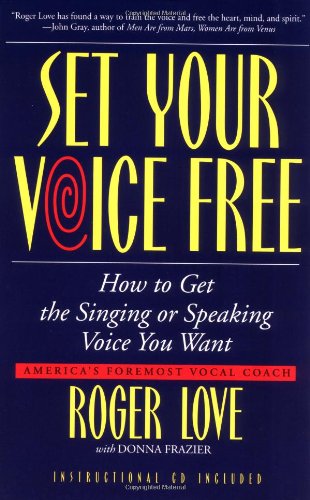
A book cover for Set Your Voice Free: How To Get The Singing Or Speaking Voice You Want; Roger Love; Reference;